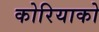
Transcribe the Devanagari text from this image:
कोरियाको